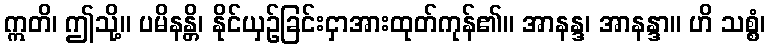
ဣတိ၊ ဤသို့။ ပမိနန္တိ၊ နိုင်ယှဉ်ခြင်းငှာအားထုတ်ကုန်၏။ အာနန္ဒ၊ အာနန္ဒာ။ ဟိ သစ္စံ၊